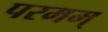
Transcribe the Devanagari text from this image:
परमम्